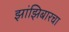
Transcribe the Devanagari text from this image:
झांझिबारचा